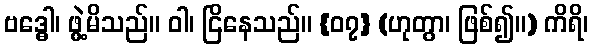
ဗဒ္ဓေါ၊ ဖွဲ့မိသည်။ ဝါ၊ ငြိနေသည်။ {၀၇} (ဟုတွာ၊ ဖြစ်၍။) ကိရိ၊